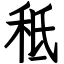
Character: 秪